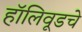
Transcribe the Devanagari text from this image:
हॉलिवूडचे